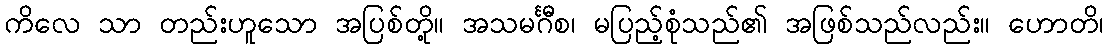
ကိလေ သာ တည်းဟူသော အပြစ်တို့။ အသမင်္ဂီစ၊ မပြည့်စုံသည်၏ အဖြစ်သည်လည်း။ ဟောတိ၊